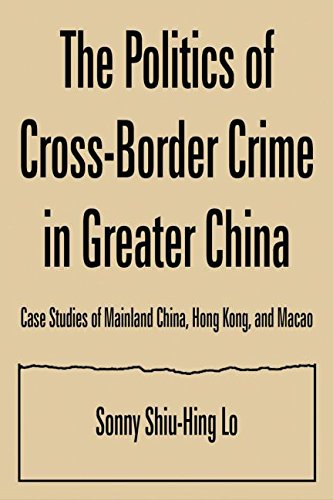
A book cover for The Politics of Cross-border Crime in Greater China: Case Studies of Mainland China, Hong Kong, and Macao (Hong Kong Becoming China); Sonny Shiu-Hing Lo; History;